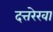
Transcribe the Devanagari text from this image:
दत्तरेखा